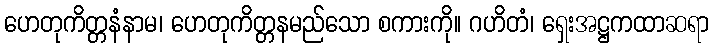
ဟေတုကိတ္တနံနာမ၊ ဟေတုကိတ္တနမည်သော စကားကို။ ဂဟိတံ၊ ရှေးအဋ္ဌကထာဆရာ